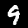
Digit: 9